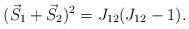
LaTeX: \begin{align*}(\vec S_1+\vec S_2)^2 = J_{12}(J_{12}-1). \end{align*}